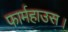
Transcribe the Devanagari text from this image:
फार्महाउस।